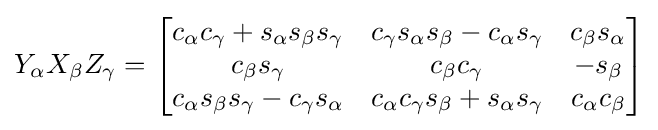
Y_{\alpha }X_{\beta }Z_{\gamma }={\begin{bmatrix}c_{\alpha }c_{\gamma }+s_{\alpha }s_{\beta }s_{\gamma }&c_{\gamma }s_{\alpha }s_{\beta }-c_{\alpha }s_{\gamma }&c_{\beta }s_{\alpha }\\c_{\beta }s_{\gamma }&c_{\beta }c_{\gamma }&-s_{\beta }\\c_{\alpha }s_{\beta }s_{\gamma }-c_{\gamma }s_{\alpha }&c_{\alpha }c_{\gamma }s_{\beta }+s_{\alpha }s_{\gamma }&c_{\alpha }c_{\beta }\end{bmatrix}}